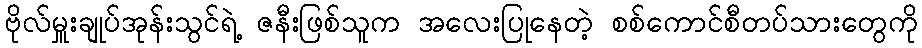
ဗိုလ်မှူးချုပ်အုန်းသွင်ရဲ့ ဇနီးဖြစ်သူက အလေးပြုနေတဲ့ စစ်ကောင်စီတပ်သားတွေကို